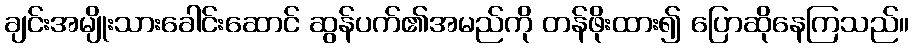
ချင်းအမျိုးသားခေါင်းဆောင် ဆွန်ပက်၏အမည်ကို တန်ဖိုးထား၍ ပြောဆိုနေကြသည်။